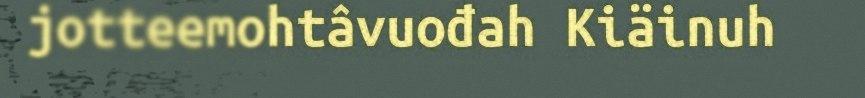
jotteemohtâvuođah Kiäinuh